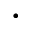
\cdot